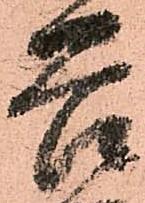
苦